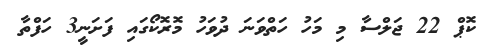
ކޮޕް 22 ޖަލްސާ މި މަހު ހަތްވަަނަ ދުވަހު މޮރޮކޯގައި ފަށަނީ3 ހަފްތާ